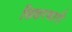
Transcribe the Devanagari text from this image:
छिछरबारी